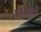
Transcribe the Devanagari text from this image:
सोपवावी